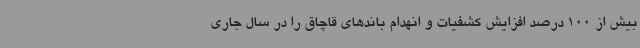
بیش از 100 درصد افزایش کشفیات و انهدام باندهای قاچاق را در سال جاری